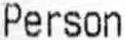
PERSON